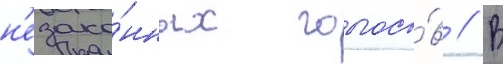
н'езако́нных голосо́в // В